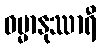
ဓမ္မာနုဿာရီ